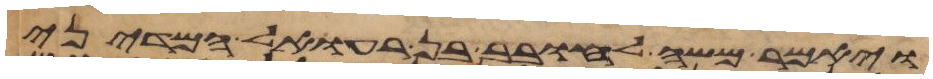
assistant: ויאמר משה לחובב בן רעואל המדיני